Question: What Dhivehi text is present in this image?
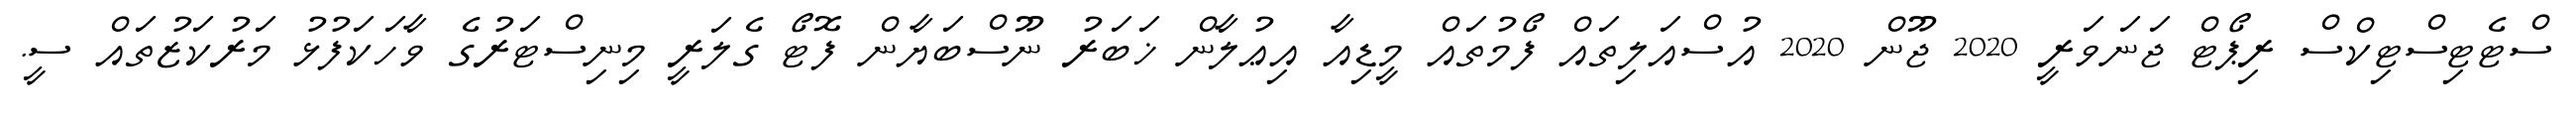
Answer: ސްޓެޓިސްޓިކްސް ރިޕޯޓް ޖަނަވަރީ 2020 ޖޫން 2020 އުސްއަލިތައް ފޯމުތައް މީޑިއާ އިޢުލާން ޚަބަރު ނޫސްބަޔާން ފޮޓޯ ގެލަރީ މިނިސްޓަރުގެ ވާހަކަފުޅު މަރުކަޒުތައް ސީ.